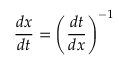
{ \frac { d x } { d t } } = \left( { \frac { d t } { d x } } \right) ^ { - 1 }